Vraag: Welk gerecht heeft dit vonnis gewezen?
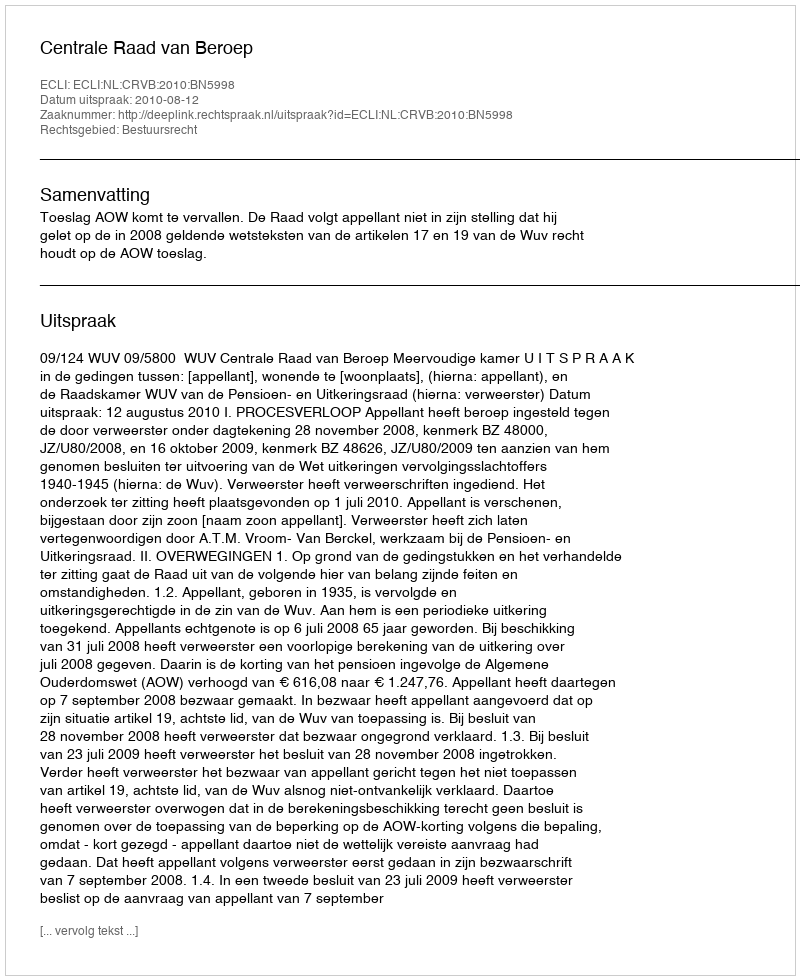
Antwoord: Centrale Raad van Beroep